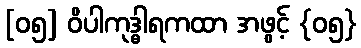
[၀၅] ဝိပါကုဒ္ဓါရကထာ အဖွင့် {၀၅}